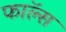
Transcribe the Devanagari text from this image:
फाॅल्स